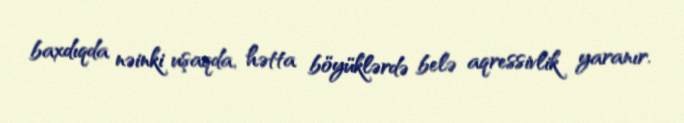
baxdıqda nəinki uşaqda, hətta böyüklərdə belə aqressivlik yaranır.